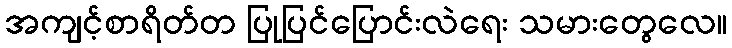
အကျင့်စာရိတ်တ ပြုပြင်ပြောင်းလဲရေး သမားတွေလေ။